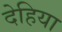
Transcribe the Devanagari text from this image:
देहिया